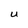
Character: U